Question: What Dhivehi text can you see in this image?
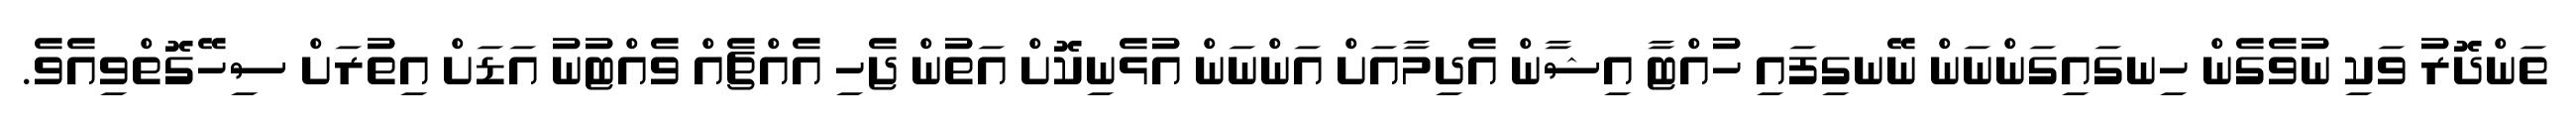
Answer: ތަންދޮރު ވަކި ނުވެގެން ހިނގައިގަންނަން ނޭނގިފައި ހުއްޓާ އިޝާން އެދިމާއަށް އަންނަން އުޅެނިކޮށް އަތުން ޖެހި އެއްޗެއް ވެއްޓުނު އަޑަށް އިތުރަށް ސިހޭގޮތްވިއެވެ.